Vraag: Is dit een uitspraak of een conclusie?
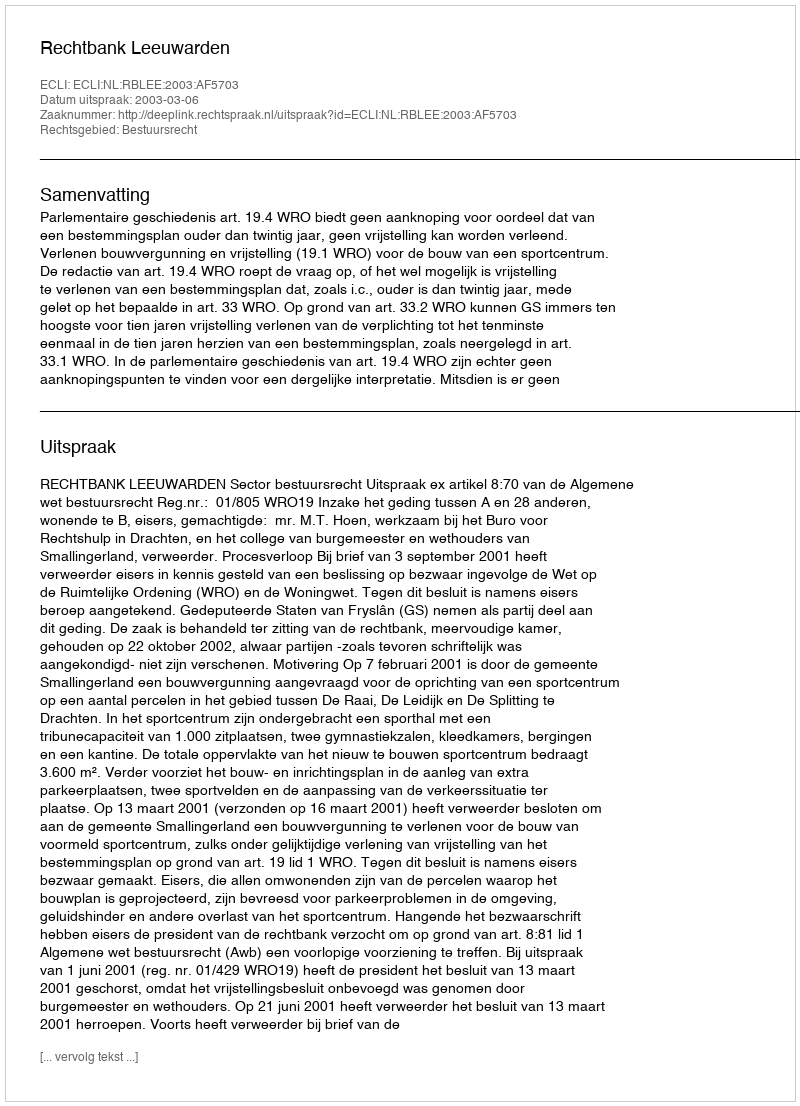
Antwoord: Uitspraak